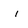
Character: i